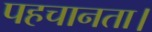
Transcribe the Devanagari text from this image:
पहचानता।